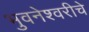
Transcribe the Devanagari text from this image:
भुवनेश्वरीचे